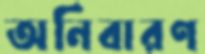
অনিবারণ